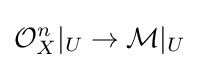
{\mathcal {O}}_{X}^{n}|_{U}\to {\mathcal {M}}|_{U}